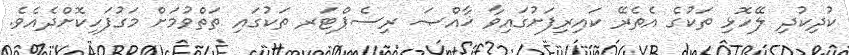
ކުދިކުދި ލޭހޮޅި ތަކުގެ އެތެރޭ ކައިރިފަށުގައިވާ ޚާއްޞަ ރިސެޕްޓަރ ތަކުގައި ތަތްވުމަށް މަގުފަހިކޮށްދެއެވެ.